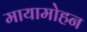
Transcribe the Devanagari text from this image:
मायामोहन